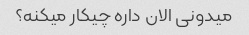
میدونی الان داره چیکار میکنه؟